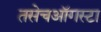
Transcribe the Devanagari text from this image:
तसेचऑगस्टा